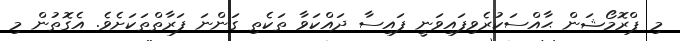
މި ޕްރޮމޯޝަން ޙާއްސަކުރެވިފައިވަނީ ފައިސާ ދައްކަވާ ތަކެތި ގަންނަ ފަރާތްތަކަށެވެ. އެގޮތުން މި